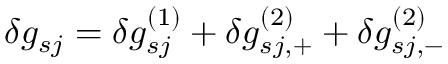
\delta g _ { s j } = \delta g _ { s j } ^ { ( 1 ) } + \delta g _ { s j , + } ^ { ( 2 ) } + \delta g _ { s j , - } ^ { ( 2 ) }